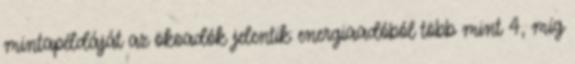
mintapéldáját az ökoadók jelentik: energiaadóból több mint 4, míg